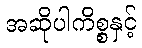
အဆိုပါကိစ္စနှင့်